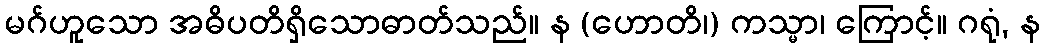
မဂ်ဟူသော အဓိပတိရှိသောဓာတ်သည်။ န (ဟောတိ၊) ကသ္မာ၊ ကြောင့်။ ဂရုံ, န